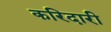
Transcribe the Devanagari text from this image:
करिदारी